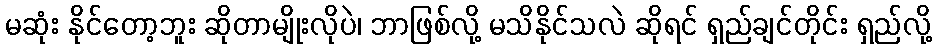
မဆုံး နိုင်တော့ဘူး ဆိုတာမျိုးလိုပဲ၊ ဘာဖြစ်လို့ မသိနိုင်သလဲ ဆိုရင် ရှည်ချင်တိုင်း ရှည်လို့